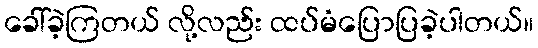
ခေါ်ခဲ့ကြတယ် လို့လည်း ထပ်မံပြောပြခဲ့ပါတယ်။